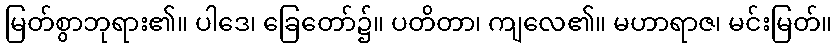
မြတ်စွာဘုရား၏။ ပါဒေ၊ ခြေတော်၌။ ပတိတာ၊ ကျလေ၏။ မဟာရာဇ၊ မင်းမြတ်။